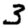
Digit: 3